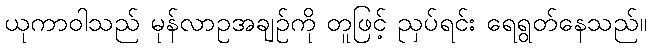
ယုကာဝါသည် မုန်လာဥအချဉ်ကို တူဖြင့် ညှပ်ရင်း ရေရွတ်နေသည်။